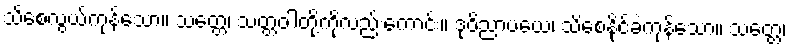
သိစေလွယ်ကုန်သော။ သတ္တေ၊ သတ္တဝါတို့ကိုလည်းကောင်း။ ဒုဝိညာပယေ၊ သိစေနိုင်ခဲကုန်သော။ သတ္တေ၊